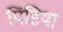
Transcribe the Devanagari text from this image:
पिंडिया